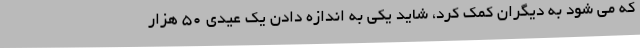
که می شود به دیگران کمک کرد، شاید یکی به اندازه دادن یک عیدی 50 هزار